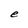
Character: e